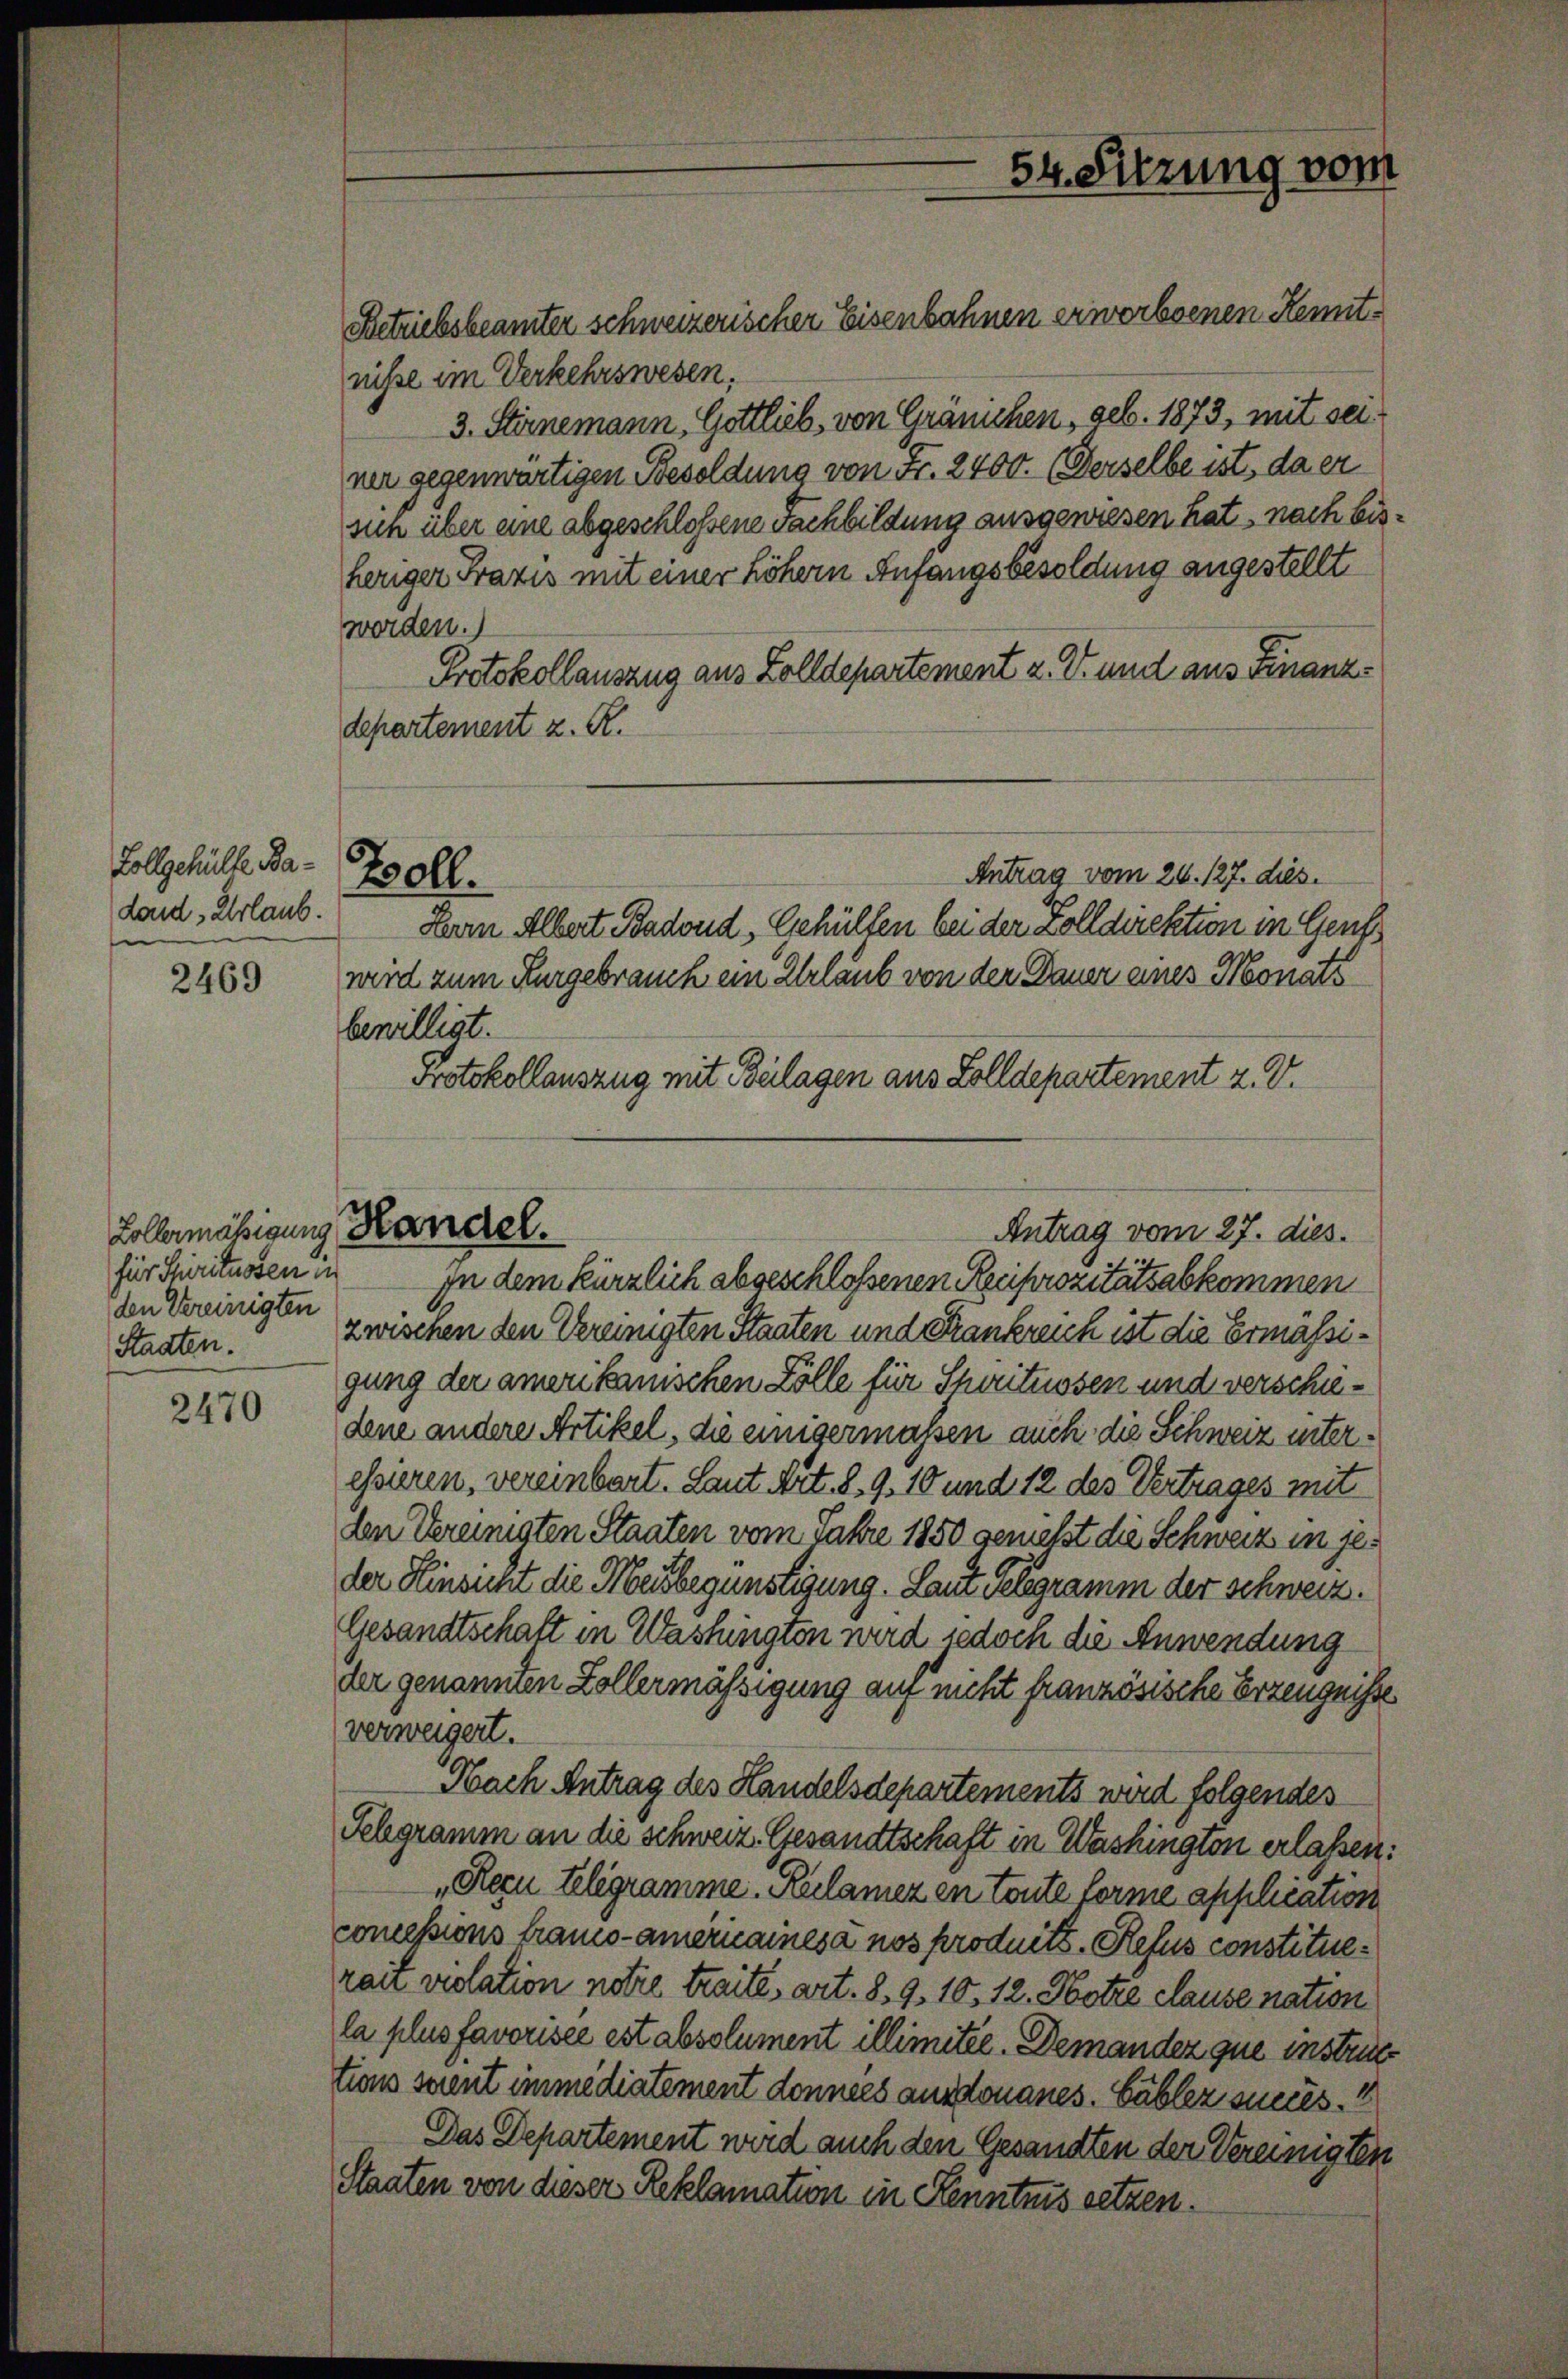
Vollgehülle Ba¬
Land Urlaub.

2469

Zollermässigung, Kandel.
für Spirituosen in
den Vereinigten
Staaten.

2470

Betriebsbeamter schweizerischer Eisenbahnen erworbenen Kemnitniße im Verkehrswesen.
ner gegenwärtigen Besoldung von Fr. 2400. (Derselbe ist, da er
sun über eine abgeschloßene Fachbildung ausgewiesen hat, nach bis¬

3. Stirnemann, Gottlieb, von Granchen, geb. 1873, mit seiheriger Frazis mit einer höhern Anfangsbesoldung angestellt
worden.)
Protokollauszug aus Zolldepartement z. V. und aus Finanz¬
Departement z. R.

Boll.

54. Sitzung vom

Antrag vom 27. dies.

Antrag vom 26. 127. dies.

Herrn Albert Badond, Gehüllen bei der Zolldirektion in Gents
wird zum Kurgebrauch ein Urlaub von der Dauer eines Monats
bewilligt.
Protokollauszug mit Beilagen aus Zolldepartement z. V.

In dem kürzlich abgeschlossenen Reciprozitätsabkommen
zwischen den Vereinigten Staaten und Frankreich ist die Ermässigung der amerikanischen Zölle für Scharituosen und verschiedene andere Artikel, die einigermassen auch die Schweiz interessieren, vereinbart. Laut Art. 8. 9. 10 und 12 des Vertrages mit
den Vereinigten Staaten vom Jahre 1850 genießt die Schweiz in jeder Hinsicht die Meisbegünstigung. Laut Telegramm der schweiz.
Gesandtschaft in Washingten wird jedoch die Anwendung
der genannten Zollermässigung auf nicht französische Erzeugnisse
verweigert.
Nach Antrag des Handelsdepartements wird folgendes
Selegramm an die schweiz. Gesandtschaft in Washington erlassen:
„Rezu telegramme. Reclamez en toute forme application
concessions franco-Americainesa nos produits. Refus constituerau violation notire traité, art. 8. 9. 10. 12. Hotze clause nation
la plus favorisce est absolument illimitee. Demandez que instrittions soient immediatement données ausdouanes. Gabler suus.“
Das Departement wird auch den Gesandten der Vereinigten
Staaten von dieser Reklamation in Kenntnis setzen.